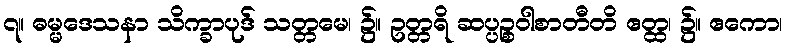
၇။ ဓမ္မဒေသနာ သိက္ခာပုဒ် သတ္တမေ၊ ၌။ ဥတ္တရိ ဆပ္ပဉ္စဝါစာတီတိ ဧတ္ထ၊ ၌။ ဧကော၊